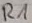
Text: R1